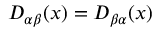
D _ { \alpha \beta } ( x ) = D _ { \beta \alpha } ( x )